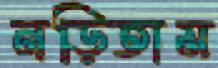
নড়িতাম